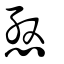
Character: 慇